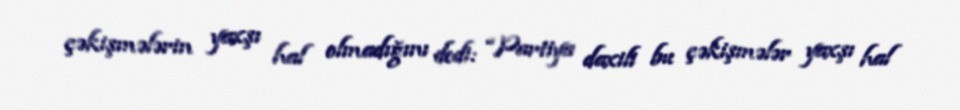
çəkişmələrin yaxşı hal olmadığını dedi: “Partiya daxili bu çəkişmələr yaxşı hal